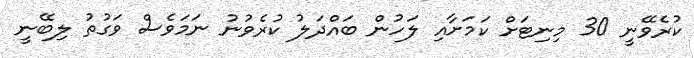
ކުރެވޭނީ 30 މިނިޓަށް ކަމަށާއި ލަހުން ބައްދަލު ކުރެވުނު ނަމަވެސް ވަގުތު ލިބޭނީ